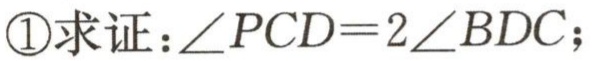
\textcircled{1}求证：\(\angle PCD = 2\angle BDC\)；